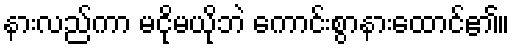
နားလည်ကာ မငိုမယိုဘဲ ကောင်းစွာနားထောင်၏။